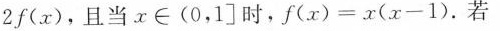
2f(x)，且当x∈(0，1]时，f(x)=x(x-1)。若